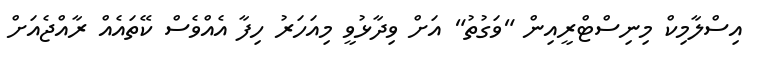
އިސްލާމިކް މިނިސްޓްރީއިން "ވަގުތު" އަށް ވިދާޅުވީ މިއަހަރު ހިފާ އެއްވެސް ކޭތައެއް ރާއްޖެއަށް